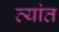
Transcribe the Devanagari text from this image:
व्यांत